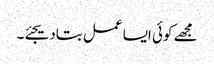
مجھے کوئی ایسا عمل بتادیجئے۔